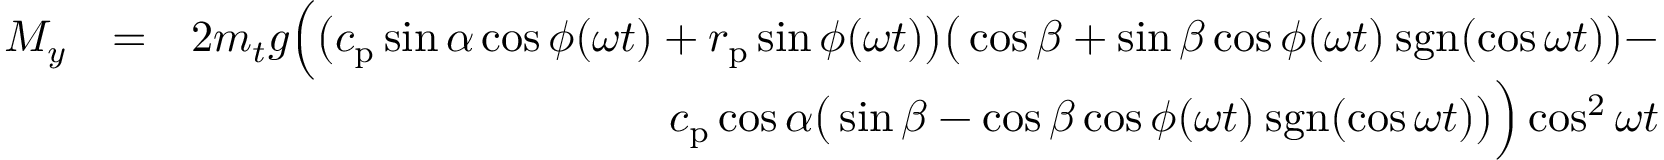
\begin{array} { r l r } { M _ { y } } & { = } & { 2 m _ { t } g \Big ( \big ( c _ { \mathrm { p } } \sin \alpha \cos \phi ( \omega t ) + r _ { \mathrm { p } } \sin \phi ( \omega t ) \big ) \big ( \cos \beta + \sin \beta \cos \phi ( \omega t ) \: \mathrm { s g n } ( \cos \omega t ) \big ) - } \\ & { } & { c _ { \mathrm { p } } \cos \alpha \big ( \sin \beta - \cos \beta \cos \phi ( \omega t ) \: \mathrm { s g n } ( \cos \omega t ) \big ) \Big ) \cos ^ { 2 } \omega t } \end{array}